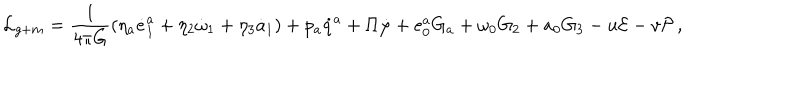
{ \cal L } _ { g + m } = \frac { 1 } { 4 \pi G } \left( \eta _ { a } \dot { e } _ { 1 } ^ { a } + \eta _ { 2 } \dot { \omega } _ { 1 } + \eta _ { 3 } \dot { a } _ { 1 } \right) + p _ { a } \dot { q } ^ { a } + \Pi \dot { \varphi } + e _ { 0 } ^ { a } G _ { a } + \omega _ { 0 } G _ { 2 } + a _ { 0 } G _ { 3 } - u { \cal E } - v { \cal P } \, ,